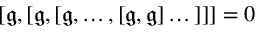
[ { \mathfrak { g } } , [ { \mathfrak { g } } , [ { \mathfrak { g } } , \dots , [ { \mathfrak { g } } , { \mathfrak { g } } ] \dots ] ] ] = 0